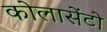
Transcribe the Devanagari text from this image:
कोलासेंटो